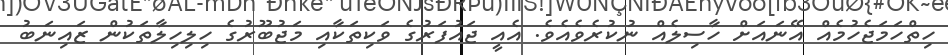
ހިތްހަމަޖެހުމެއް އޭނައަށް ހާސިލެއް ނުކުރެވެއެވެ. އެއީ ޖައުފަރުގެ ވަކިތަކާއި މަޖުބޫރުގެ ހިލިހިލާތަކުން ޒައިނަބު